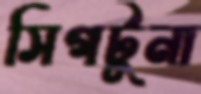
সিগটুনা